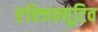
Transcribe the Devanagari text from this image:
एक्‍जिक्‍यूटिव